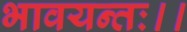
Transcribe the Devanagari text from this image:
भावयन्तः।।